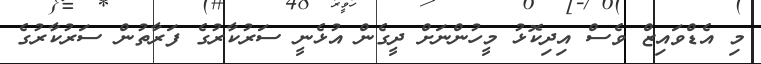
މި އެޑްވައިޒް ވެސް އިދިކޮޅު މީހުންނަށް ދީގެން އުޅެނީ ސަރުކާރުގެ ފަރާތުން ސަރުކާރުގެ